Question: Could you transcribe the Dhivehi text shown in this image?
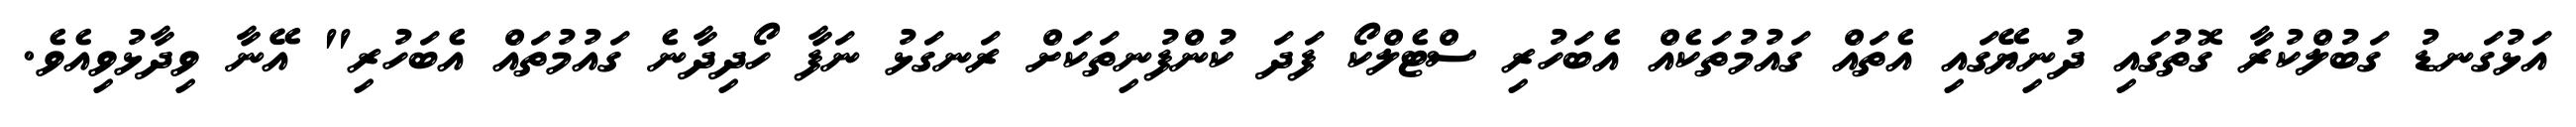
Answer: އަޅުގަނޑު ގަބުލްކުރާ ގޮތުގައި ދުނިޔޭގައި އެތައް ގައުމުތަކެއް އެބަހުރި ސްޓެލްކޯ ފަދަ ކުންފުނިތަކަށް ރަނގަޅު ނަފާ ހޯދިދާނެ ގައުމުތައް އެބަހުރި" އޭނާ ވިދާޅުވިއެވެ.